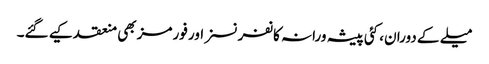
میلے کے دوران، کئی پیشہ ورانہ کانفرنسز اور فورمز بھی منعقد کیے گئے۔